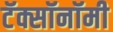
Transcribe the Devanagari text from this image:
टॅक्सॉनॉमी